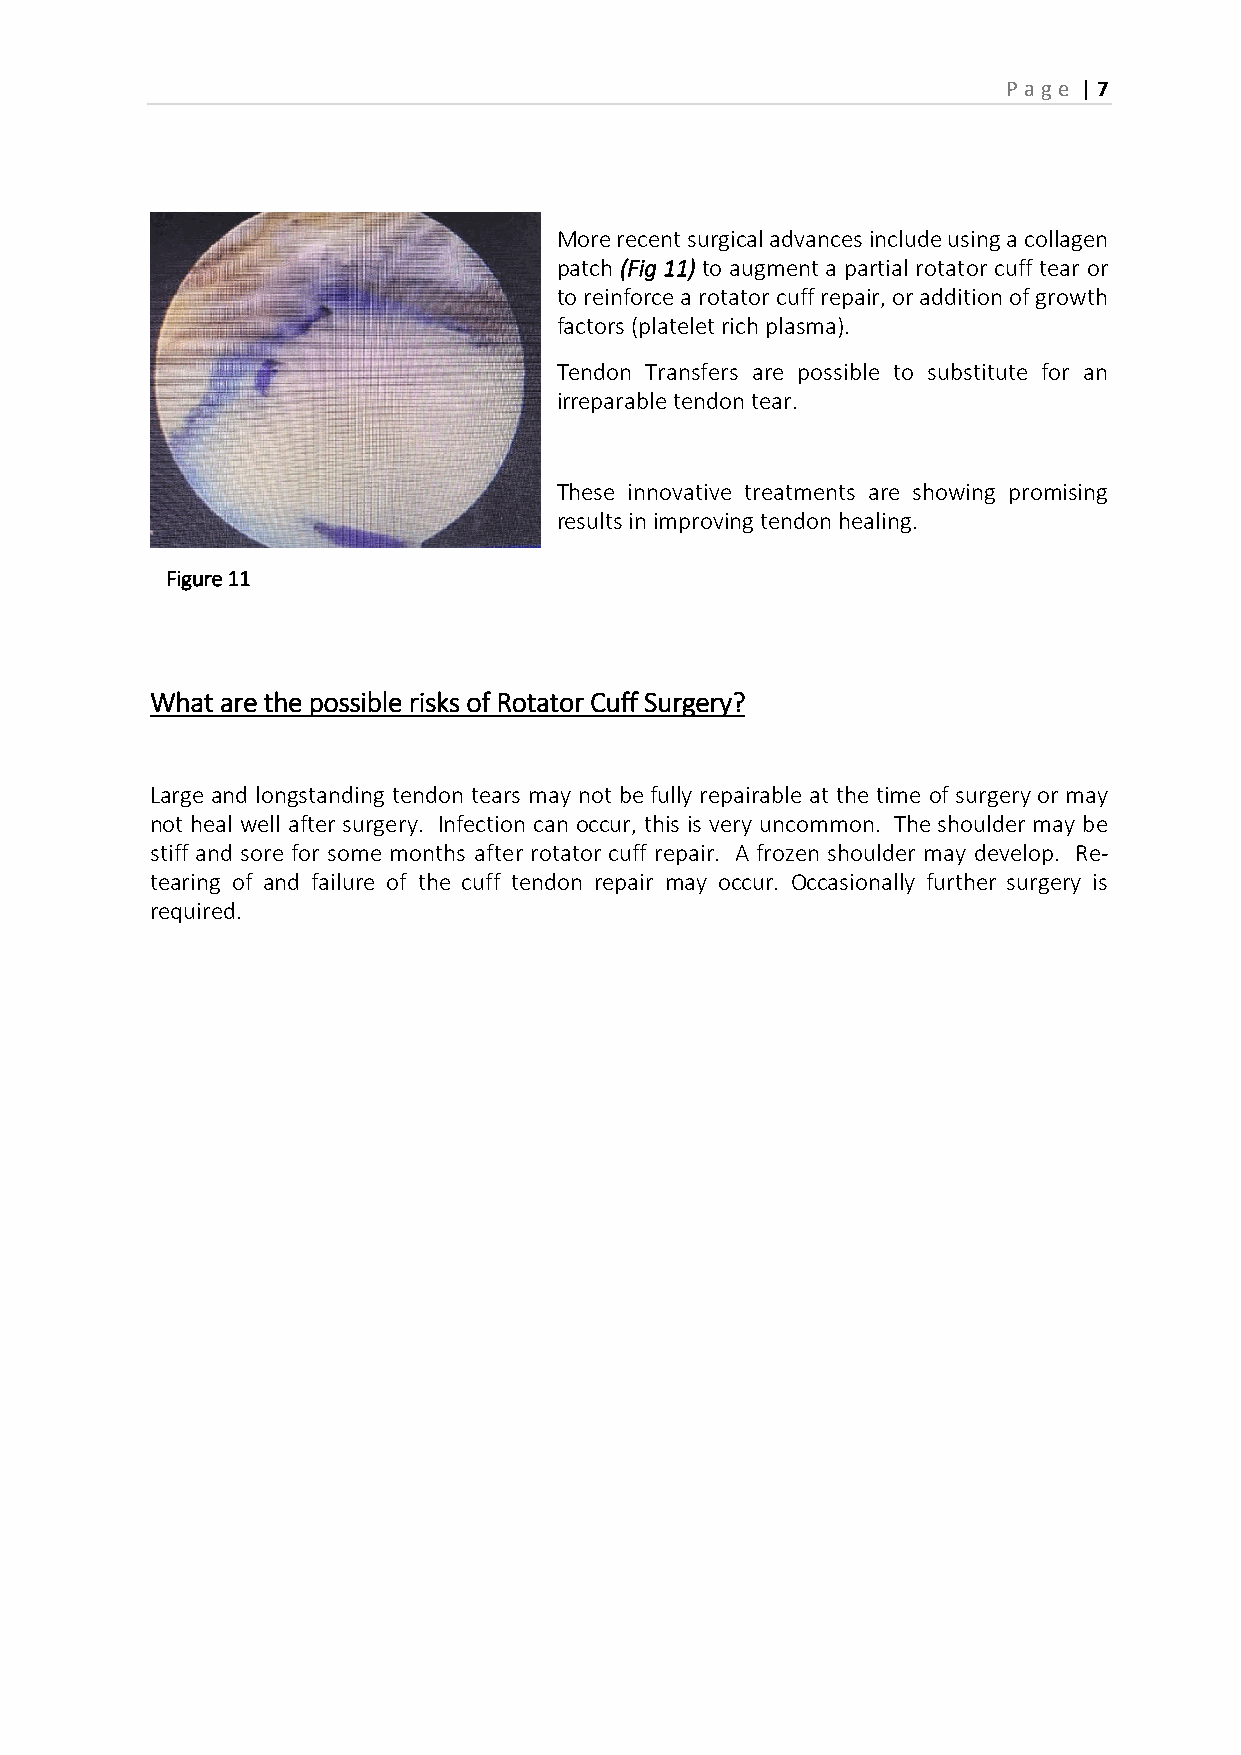
P age | 7
 More recent surgical advances include using a collagen
 patch (Fig 11) to augment a partial rotator cuff tear or
 to reinforce a rotator cuff repair, or addition of growth
 factors (platelet rich plasma).
 Tendon Transfers are possible to substitute for an
 irreparable tendon tear.
 These innovative treatments are showing promising
 results in improving tendon healing.
 Figure 11
 What are the possible risks of Rotator Cuff Surgery?
 Large and longstanding tendon tears may not be fully repairable at the time of surgery or may
 not heal well after surgery. Infection can occur, this is very uncommon. The shoulder may be
 stiff and sore for some months after rotator cuff repair. A frozen shoulder may develop. Re-
 tearing of and failure of the cuff tendon repair may occur. Occasionally further surgery is
 required.